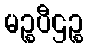
မဉ္စပီဌဉ္စ